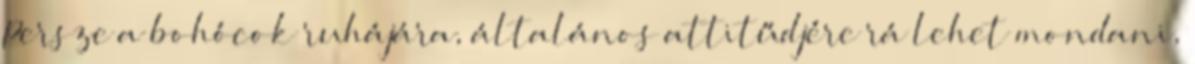
Persze a bohócok ruhájára, általános attitűdjére rá lehet mondani,